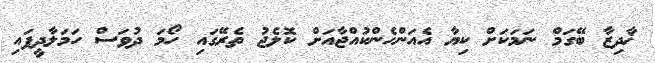
ޚާދިޒާ ބޭގަމް ނަމަކަށް ކިޔާ އެއަންހެންކުއްޖާއަށް ކޮލެޖު ތެރޭގައި ހޯމަ ދުވަސް ހަމަލާދީފައި